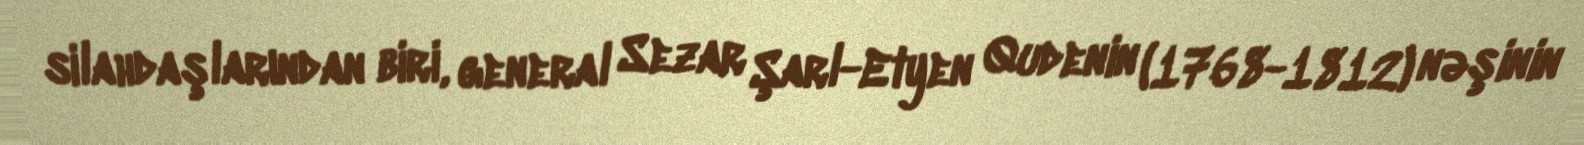
silahdaşlarından biri, general Sezar Şarl-Etyen Qudenin (1768-1812) nəşinin